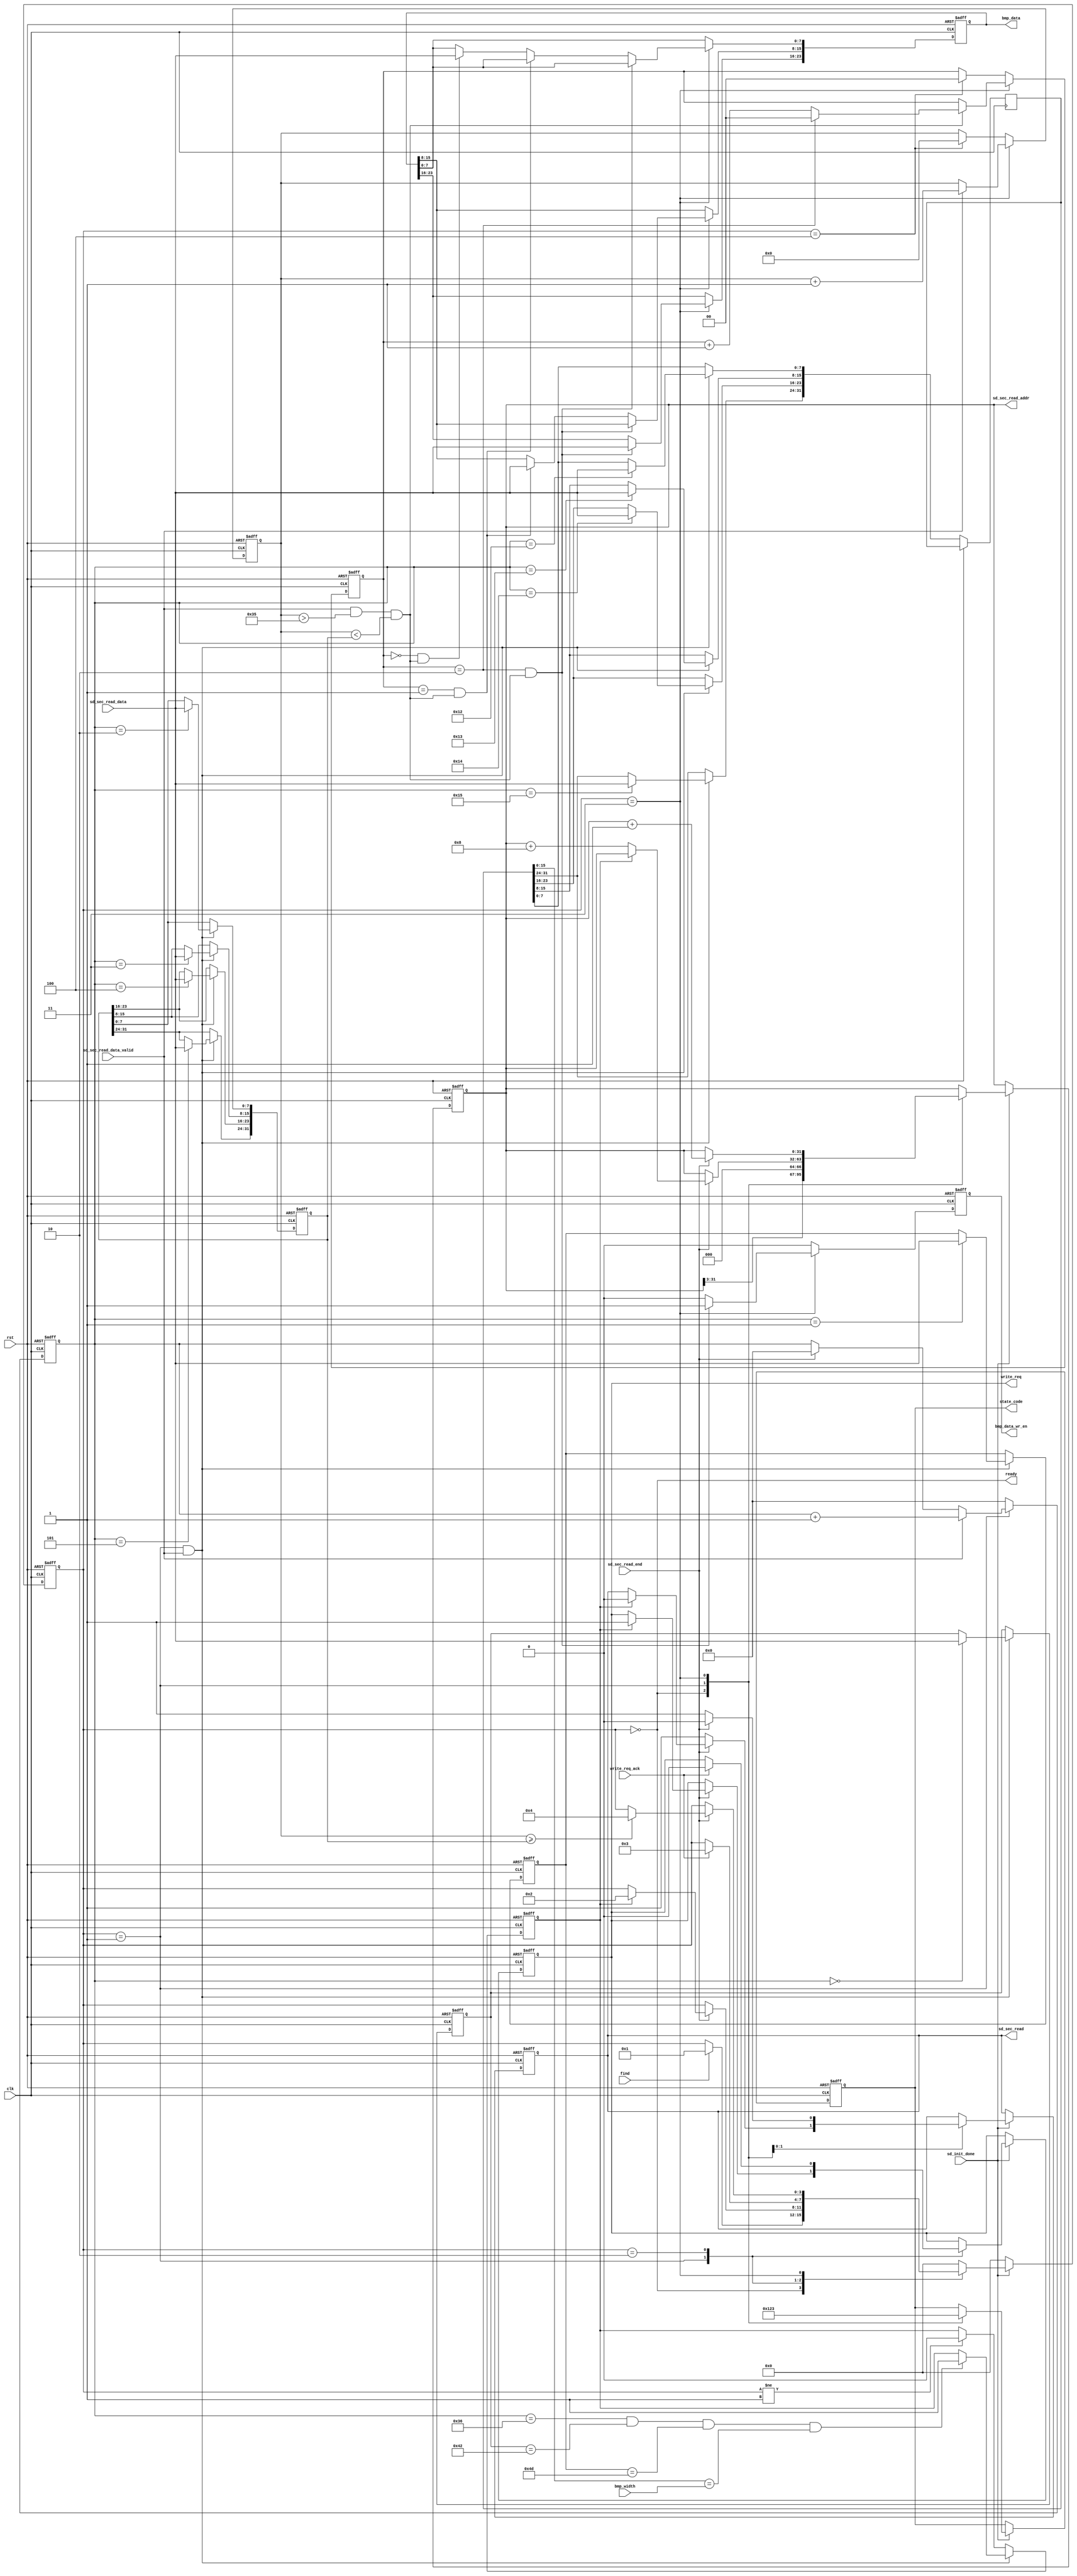
//////////////////////////////////////////////////////////////////////////////////
//  sd bmp vga display                                                          //
//                                                                              //
//          msq@qq.com                                                          //
//          ALINX(shanghai) Technology Co.,Ltd                                  //
//          heijin                                                              //
//     WEB: http://www.alinx.cn/                                                //
//     BBS: http://www.heijin.org/                                              //
//                                                                              //
//////////////////////////////////////////////////////////////////////////////////
//                                                                              //
// Copyright (c) 2017,ALINX(shanghai) Technology Co.,Ltd                        //
//                    All rights reserved                                       //
//                                                                              //
// This source file may be used and distributed without restriction provided    //
// that this copyright statement is not removed from the file and that any      //
// derivative work contains the original copyright notice and the associated    //
// disclaimer.                                                                  //
//                                                                              //
//////////////////////////////////////////////////////////////////////////////////
//================================================================================
//  Revision History:
//  Date          By            Revision    Change Description
//--------------------------------------------------------------------------------
//  2017/7/14    meisq         1.0         Original
//*******************************************************************************/
module bmp_read(
	input                       clk,
	input                       rst,
	output                      ready,
	input                       find,
	input                       sd_init_done,                //SD card initialization completed
	output reg[3:0]             state_code,                  //state indication coding,
															 // 0:SD card is initializing,
															 // 1:wait for the button to press
															 // 2:looking for the bmp file
															 // 3:reading
	input[15:0]                 bmp_width,                   //search the width of bmp
	output reg                  write_req,                   //start writing request
	input                       write_req_ack,               //write request response
	output reg                  sd_sec_read,                 //SD card sector read
	output reg[31:0]            sd_sec_read_addr,            //SD card sector read address
	input[7:0]                  sd_sec_read_data,            //SD card sector read data
	input                       sd_sec_read_data_valid,      //SD card sector read data valid
	input                       sd_sec_read_end,             //SD card sector read end
	output reg                  bmp_data_wr_en,              //bmp image data write enable
	output reg[23:0]            bmp_data                     //bmp image data
);
localparam S_IDLE         = 0;
localparam S_FIND         = 1;
localparam S_READ_WAIT    = 2;
localparam S_READ         = 3;
localparam S_END          = 4;

localparam HEADER_SIZE    = 54;

reg[3:0]         state;
reg[9:0]         rd_cnt;                     //sector read length counter
reg[7:0]         header_0;
reg[7:0]         header_1;
reg[31:0]        file_len;
reg[31:0]        width;
reg[31:0]        bmp_len_cnt;                //bmp file length counter
reg              found;
wire             bmp_data_valid;             //bmp image data valid
reg[1:0]         bmp_len_cnt_tmp;            //bmp RGB counter 0 1 2

//remove the first 54 bytes of the bmp
assign bmp_data_valid = (sd_sec_read_data_valid == 1'b1 && bmp_len_cnt > 32'd53 && bmp_len_cnt < file_len);
assign ready = (state == S_IDLE);
always@(posedge clk or posedge rst)
begin
	if(rst == 1'b1)
		rd_cnt <= 10'd0;
	else if(state == S_FIND)
	begin
		if(sd_sec_read_data_valid == 1'b1)
			rd_cnt <= rd_cnt + 10'd1;
		else if(sd_sec_read_end == 1'b1)
			rd_cnt <= 10'd0;
	end
	else
		rd_cnt <= 10'd0;
end

always@(posedge clk or posedge rst)
begin
	if(rst == 1'b1)
	begin
		header_0 <= 8'd0;
		header_1 <= 8'd0;
		file_len <= 32'd0;
		found <= 1'b0;
	end
	else if(state == S_FIND && sd_sec_read_data_valid == 1'b1)
	begin
		//file header
		if(rd_cnt == 10'd0)
			header_0 <= sd_sec_read_data;
		if(rd_cnt == 10'd1)
			header_1 <= sd_sec_read_data;
        //file length
		if(rd_cnt == 10'd2)
			file_len[7:0] <= sd_sec_read_data;
		if(rd_cnt == 10'd3)
			file_len[15:8] <= sd_sec_read_data;
		if(rd_cnt == 10'd4)
			file_len[23:16] <= sd_sec_read_data;
		if(rd_cnt == 10'd5)
			file_len[31:24] <= sd_sec_read_data;
        //image width
		if(rd_cnt == 10'd18)
			width[7:0] <= sd_sec_read_data;
		if(rd_cnt == 10'd19)
			width[15:8] <= sd_sec_read_data;
		if(rd_cnt == 10'd20)
			width[23:16] <= sd_sec_read_data;
		if(rd_cnt == 10'd21)
			width[31:24] <= sd_sec_read_data;
        //check the width of the image and file header  after the end of the file header
		if(rd_cnt == 10'd54 && header_0 == "B" && header_1 == "M" && width[15:0] == bmp_width)
			found <= 1'b1;
	end
	else if(state != S_FIND)
		found <= 1'b0;
end

//bmp file length counter
always@(posedge clk or posedge rst)
begin
	if(rst == 1'b1)
		bmp_len_cnt <= 32'd0;
	else if(state == S_READ)
	begin
		if(sd_sec_read_data_valid == 1'b1)
			bmp_len_cnt <= bmp_len_cnt + 32'd1;
	end
	else if(state == S_END)
		bmp_len_cnt <= 32'd0;
end
//bmp RGB counter
always@(posedge clk or posedge rst)
begin
	if(rst == 1'b1)
		bmp_len_cnt_tmp <= 2'd0;
	else if(state == S_READ)
	begin
		if(bmp_data_valid == 1'b1)
			bmp_len_cnt_tmp <= bmp_len_cnt_tmp == 2'd2 ? 2'd0 : bmp_len_cnt_tmp + 2'd1;
	end
	else if(state == S_END)
		bmp_len_cnt_tmp <= 2'd0;
end

always@(posedge clk or posedge rst)
begin
	if(rst == 1'b1)
	begin
		bmp_data_wr_en <= 1'b0;
		bmp_data <= 24'd0;
	end
	else if(state == S_READ)
	begin
		if(bmp_len_cnt_tmp == 2'd2 && bmp_data_valid == 1'b1)
		begin
			bmp_data_wr_en <= 1'b1;
			bmp_data[23:16] <= sd_sec_read_data;
		end
		else if(bmp_len_cnt_tmp == 2'd1 && bmp_data_valid == 1'b1)
		begin
			bmp_data_wr_en <= 1'b0;
			bmp_data[15:8] <= sd_sec_read_data;
		end
		else if(bmp_len_cnt_tmp == 2'd0 && bmp_data_valid == 1'b1)
		begin
			bmp_data_wr_en <= 1'b0;
			bmp_data[7:0] <= sd_sec_read_data;
		end
		else
			bmp_data_wr_en <= 1'b0;

	end
	else
		bmp_data_wr_en <= 1'b0;

end

always@(posedge clk or posedge rst)
begin
	if(rst == 1'b1)
	begin
		state <= S_IDLE;
		sd_sec_read <= 1'b0;
		sd_sec_read_addr <= 32'd32000;
		write_req <= 1'b0;
		state_code <= 4'd0;
	end
	else if(sd_init_done == 1'b0)
	begin
		state <= S_IDLE;
	end
	else
		case(state)
			S_IDLE:
			begin
				state_code <= 4'd1;
				if(find == 1'b1)
					state <= S_FIND;
				sd_sec_read_addr <= {sd_sec_read_addr[31:3],3'd0};//address 8 aligned
			end
			S_FIND:
			begin
				state_code <= 4'd2;
				if(sd_sec_read_end == 1'b1)
				begin
					if(found == 1'b1)
					begin
						state <= S_READ_WAIT;
						sd_sec_read <= 1'b0;
						write_req <= 1'b1;//start writing data
					end
					else
					begin
						//search every 8 sectors(4K)
						sd_sec_read_addr <= sd_sec_read_addr + 32'd8;
					end
				end
				else
				begin
					sd_sec_read <= 1'b1;
				end
			end
			S_READ_WAIT:
			begin
				if(write_req_ack == 1'b1)//write data response
				begin
					state <= S_READ;//read SD card data
					write_req <= 1'b0;
				end
			end
			S_READ:
			begin
				state_code <= 4'd3;
				if(sd_sec_read_end == 1'b1)
				begin
					sd_sec_read_addr <= sd_sec_read_addr + 32'd1;
					sd_sec_read <= 1'b0;
					if(bmp_len_cnt >= file_len)
					begin
						state <= S_END;
						sd_sec_read <= 1'b0;
					end
				end
				else
				begin
					sd_sec_read <= 1'b1;
				end
			end
			S_END:
				state <= S_IDLE;
			default:
				state <= S_IDLE;
		endcase
end
endmodule